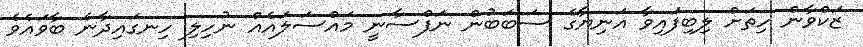
ޒަކްވާން ހިތަށް ލިބިފައިވާ އަނިޔާގެ ސަބަބުން ނަފްސާނީ މައްސަލައެއް ނުހިލި ހިނގައިދާނެ ބާވައެވެ